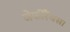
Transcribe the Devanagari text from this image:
जेफीरैंथस।